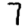
Digit: 7